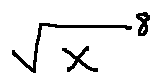
\sqrt { X } ^ { 8 }